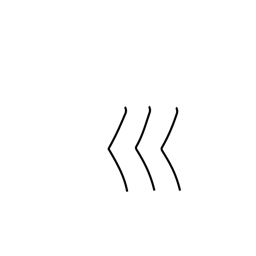
Meaning: curving river radical (no.47)